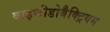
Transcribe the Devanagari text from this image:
बाइफीडोबैक्ट्रियम